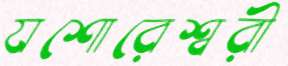
যশোরেশ্বরী